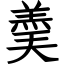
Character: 羮